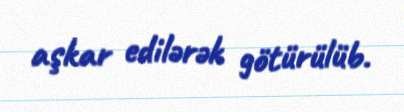
aşkar edilərək götürülüb.